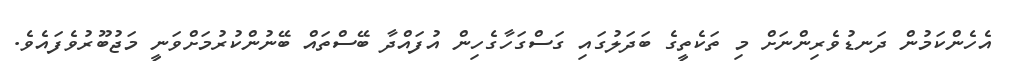
އެހެންކަމުން ދަނޑުވެރިންނަށް މި ތަކެތީގެ ބަދަލުގައި ގަސްގަހާގެހިން އުފައްދާ ބޭސްތައް ބޭނުންކުރުމަށްވަނީ މަޖުބޫރުވެފައެވެ.